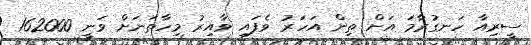
ސީރިއާ ހަނގުރާމަ އަށް ތިން އަހަރު ވެފައި ވާއިރު މިހާތަނަށް ވަނީ 162000